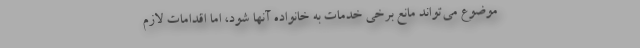
موضوع می‌تواند مانع برخی خدمات به خانواده آنها شود، اما اقدامات لازم